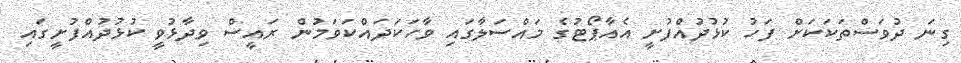
ގިނަ ދުވަސްތަކަކަށް ފަހު ކުޅުދުއްފުށީ އެއާޕޯޓުގެ މައްސަލާގައި ވާހަކަދައްކަވަމުން ރައީސް ވިދާޅުވީ ކުޅުދުއްފުށީގައި